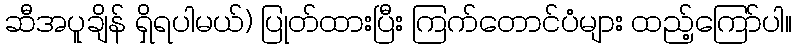
ဆီအပူချိန် ရှိရပါမယ်) ပြုတ်ထားပြီး ကြက်တောင်ပံများ ထည့်ကြော်ပါ။